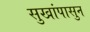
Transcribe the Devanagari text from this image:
सुखांपासुन